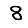
Digit: 8